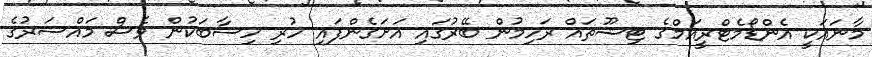
މާނައަކީ އެންޑޯމެޓްރީއަމްގެ ޓިޝޫތައް ރަހިމުން ބޭރުގައި އަށަގެންފައި ހުރި ހިސާބަކުން ވެސް މައްސަރުގެ